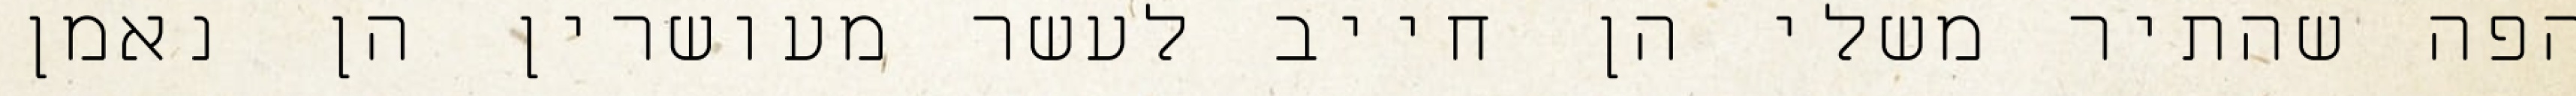
הפה שהתיר משלי הן חייב לעשר מעושרין הן נאמן